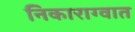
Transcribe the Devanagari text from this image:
निकाराग्वात